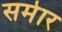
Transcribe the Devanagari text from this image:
समेार